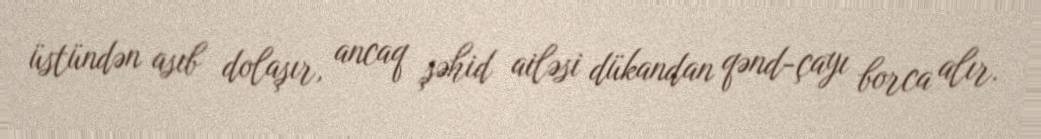
üstündən asıb dolaşır, ancaq şəhid ailəsi dükandan qənd-çayı borca alır.